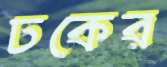
ঢকের